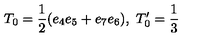
T _ { 0 } = \frac { 1 } { 2 } ( e _ { 4 } e _ { 5 } + e _ { 7 } e _ { 6 } ) , \ T _ { 0 } ^ { \prime } = \frac { 1 } { 3 }